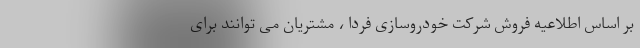
بر اساس اطلاعیه فروش شرکت خودروسازی فردا ، مشتریان می توانند برای